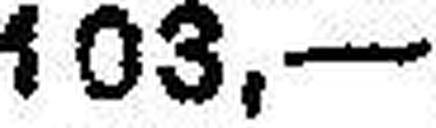
103.—